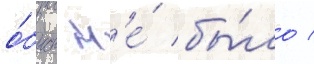
о́быск н'е́ бы́ло /